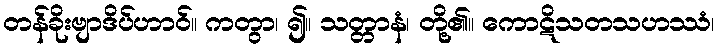
တန်ခိုးဗျာဒိပ်ဟာဝ်။ ကတွာ၊ ၍။ သတ္တာနံ၊ တို့၏။ ကောဋိသတသဟဿံ၊